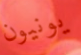
يونيون